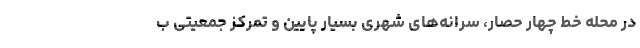
در محله خط چهار حصار، سرانه‌های شهری بسیار پایین و تمرکز جمعیتی ب